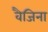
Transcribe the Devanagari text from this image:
वैजिना